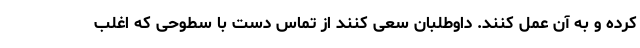
کرده و به آن عمل کنند. داوطلبان سعی کنند از تماس دست با سطوحی که اغلب